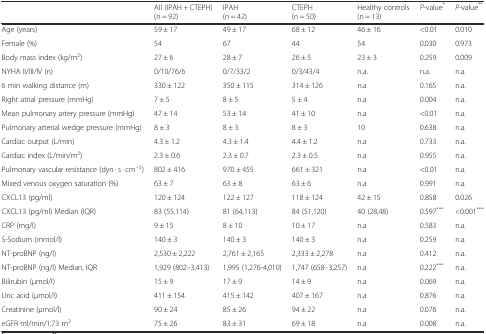
<table><thead><tr><td></td><td><b>All (IPAH + CTEPH) (n = 92)</b></td><td><b>IPAH (n = 42)</b></td><td><b>CTEPH (n = 50)</b></td><td><b>Healthy controls (n = 13)</b></td><td><b><i>P</i>-value<sup>*</sup></b></td><td><b><i>P</i>-value<sup>**</sup></b></td></tr></thead><tbody><tr><td>Age (years)</td><td>59 ± 17</td><td>49 ± 17</td><td>68 ± 12</td><td>46 ± 16</td><td>&lt;0.01</td><td>0.010</td></tr><tr><td>Female (%)</td><td>54</td><td>67</td><td>44</td><td>54</td><td>0.030</td><td>0.973</td></tr><tr><td>Body mass index (kg/m<sup>2</sup>)</td><td>27 ± 6</td><td>28 ± 7</td><td>26 ± 5</td><td>23 ± 3</td><td>0.259</td><td>0.009</td></tr><tr><td>NYHA II/III/IV (n)</td><td>0/10/76/6</td><td>0/7/33/2</td><td>0/3/43/4</td><td>n.a.</td><td>n.a.</td><td>n.a.</td></tr><tr><td>6 min walking distance (m)</td><td>330 ± 122</td><td>350 ± 115</td><td>314 ± 126</td><td>n.a</td><td>0.165</td><td>n.a.</td></tr><tr><td>Right atrial pressure (mmHg)</td><td>7 ± 5</td><td>8 ± 5</td><td>5 ± 4</td><td>n.a</td><td>0.004</td><td>n.a.</td></tr><tr><td>Mean pulmonary artery pressure (mmHg)</td><td>47 ± 14</td><td>53 ± 14</td><td>41 ± 10</td><td>n.a</td><td>&lt;0.01</td><td>n.a.</td></tr><tr><td>Pulmonary arterial wedge pressure (mmHg)</td><td>8 ± 3</td><td>8 ± 3</td><td>8 ± 3</td><td>10</td><td>0.638</td><td>n.a.</td></tr><tr><td>Cardiac output (L/min)</td><td>4.3 ± 1.2</td><td>4.3 ± 1.4</td><td>4.4 ± 1.2</td><td>n.a</td><td>0.733</td><td>n.a.</td></tr><tr><td>Cardiac index (L/min/m<sup>2</sup>)</td><td>2.3 ± 0.6</td><td>2.3 ± 0.7</td><td>2.3 ± 0.5</td><td>n.a</td><td>0.955</td><td>n.a.</td></tr><tr><td>Pulmonary vascular resistance (dyn · s · cm<sup>−5</sup>)</td><td>802 ± 416</td><td>970 ± 455</td><td>661 ± 321</td><td>n.a</td><td>&lt;0.01</td><td>n.a.</td></tr><tr><td>Mixed venous oxygen saturation (%)</td><td>63 ± 7</td><td>63 ± 8</td><td>63 ± 6</td><td>n.a</td><td>0.991</td><td>n.a.</td></tr><tr><td>CXCL13 (pg/ml)</td><td>120 ± 124</td><td>122 ± 127</td><td>118 ± 124</td><td>42 ± 15</td><td>0.858</td><td>0.026</td></tr><tr><td>CXCL13 (pg/ml) Median (IQR)</td><td>83 (55,114)</td><td>81 (64,113)</td><td>84 (51,120)</td><td>40 (28,48)</td><td>0.597<sup>***</sup></td><td>&lt;0.001<sup>***</sup></td></tr><tr><td>CRP (mg/l)</td><td>9 ± 15</td><td>8 ± 10</td><td>10 ± 17</td><td>n.a</td><td>0.583</td><td>n.a.</td></tr><tr><td>S-Sodium (mmol/l)</td><td>140 ± 3</td><td>140 ± 3</td><td>140 ± 3</td><td>n.a</td><td>0.259</td><td>n.a.</td></tr><tr><td>NT-proBNP (ng/l)</td><td>2,530 ± 2,222</td><td>2,761 ± 2,165</td><td>2,333 ± 2,278</td><td>n.a</td><td>0.412</td><td>n.a.</td></tr><tr><td>NT-proBNP (ng/l) Median, IQR</td><td>1,929 (802–3,413)</td><td>1,995 (1,276-4,010)</td><td>1,747 (658–3,257)</td><td>n.a</td><td>0.222<sup>***</sup></td><td>n.a.</td></tr><tr><td>Bilirubin (μmol/l)</td><td>15 ± 9</td><td>17 ± 9</td><td>14 ± 9</td><td>n.a</td><td>0.069</td><td>n.a.</td></tr><tr><td>Uric acid (μmol/l)</td><td>411 ± 154</td><td>415 ± 142</td><td>407 ± 167</td><td>n.a</td><td>0.876</td><td>n.a.</td></tr><tr><td>Creatinine (μmol/l)</td><td>90 ± 24</td><td>85 ± 26</td><td>94 ± 22</td><td>n.a</td><td>0.076</td><td>n.a.</td></tr><tr><td>eGFR ml/min/1,73 m<sup>2</sup></td><td>75 ± 26</td><td>83 ± 31</td><td>69 ± 18</td><td>n.a</td><td>0.008</td><td>n.a.</td></tr></tbody></table>